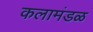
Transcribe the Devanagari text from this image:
कलामंडळ